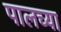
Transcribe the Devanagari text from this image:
पालच्या